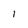
Character: 1